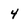
Character: 4